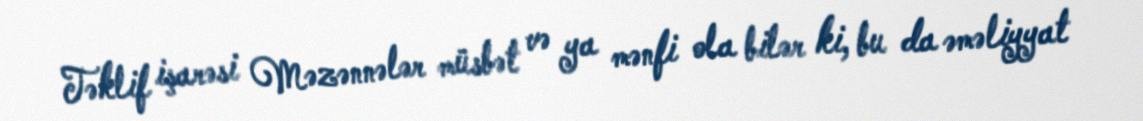
Təklif işarəsi Məzənnələr müsbət və ya mənfi ola bilər ki, bu da əməliyyat